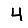
Digit: 4